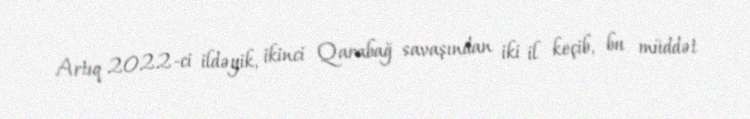
Artıq 2022-ci ildəyik, ikinci Qarabağ savaşından iki il keçib, bu müddət